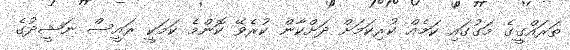
ތަރައްގީގެ މަގުގައި ކަމެއް ކުރިކަމަށް ދަށްކާން ކުރެވޭ ކޮންމެ ކަމަކީ ރައީސް ނަޝީދުގެ